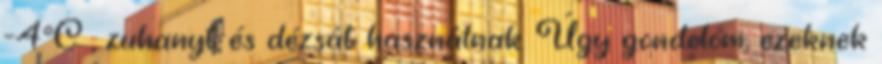
-4°C , zuhanyt és dézsát használnak. Úgy gondolom, ezeknek